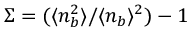
\Sigma = ( \langle n _ { b } ^ { 2 } \rangle / \langle n _ { b } \rangle ^ { 2 } ) - 1